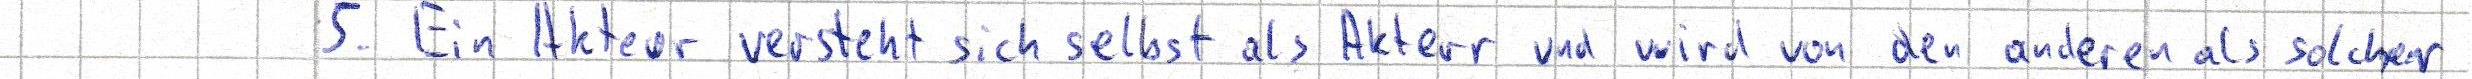
5. Ein Akteur versteht sich selbst als Akteur und wird von den anderen als solcher